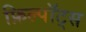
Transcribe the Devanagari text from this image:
फ़िल्पॉट्स